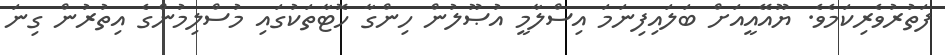
ފަތުރުވެރިކަމެވެ. ޔޫއޭއީއަށް ބަލައިފިނަމަ އިސްލާމީ އުޞޫލުން ހިންގާ ހޮޓާތަކުގައި މުސްލިމުންގެ އިތުރުން ގިނަ